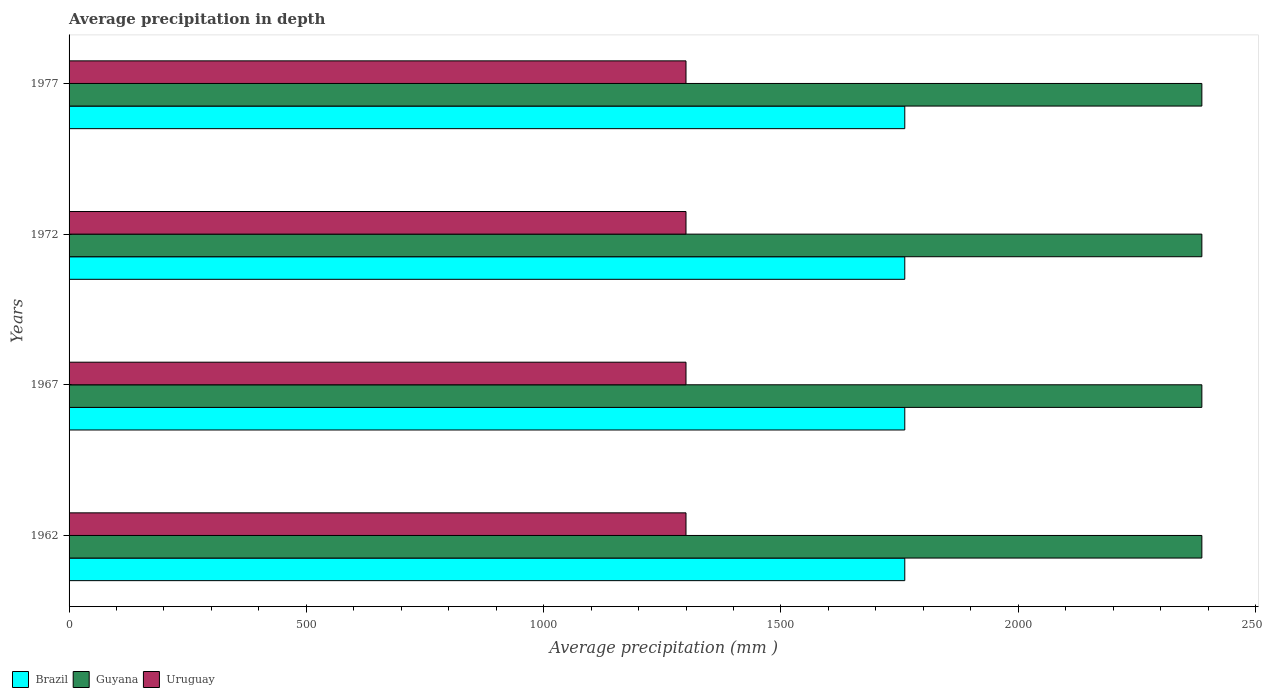
| Years | Brazil | Guyana | Uruguay |
 | --- | --- | --- | --- |
 | 1962 | 1.76e+03 | 2.39e+03 | 1.3e+03 |
 | 1967 | 1.76e+03 | 2.39e+03 | 1.3e+03 |
 | 1972 | 1.76e+03 | 2.39e+03 | 1.3e+03 |
 | 1977 | 1.76e+03 | 2.39e+03 | 1.3e+03 |